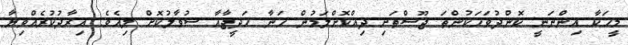
މީހަކާ އިންނަނީ ކޮންދުވަހަކުންތަ ޖޫސްތަށި ދިއްކޮށްލަމުން ހަނާ ހަދީޖާއާ ސުވާލުކޮށް ލިއެވެ. އިރާދުކުރެއްވިޔާ